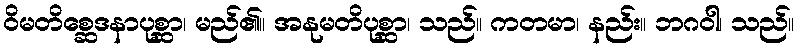
ဝိမတိစ္ဆေဒနာပုစ္ဆာ၊ မည်၏။ အနုမတိပုစ္ဆာ၊ သည်။ ကတမာ၊ နည်း။ ဘဂဝါ၊ သည်။